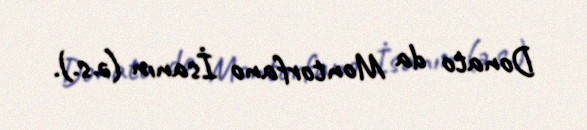
Donato da Montorfano İsanın (ə.s.).